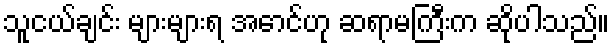
သူငယ်ချင်း များများရ အောင်ဟု ဆရာမကြီးက ဆိုပါသည်။